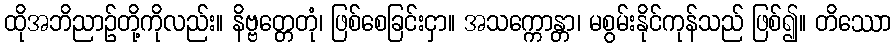
ထိုအဘိညာဉ်တို့ကိုလည်း။ နိဗ္ဗတ္တေတုံ၊ ဖြစ်စေခြင်းငှာ။ အသက္ကောန္တာ၊ မစွမ်းနိုင်ကုန်သည် ဖြစ်၍။ တိဿော